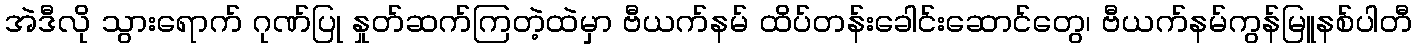
အဲဒီလို သွားရောက် ဂုဏ်ပြု နှုတ်ဆက်ကြတဲ့ထဲမှာ ဗီယက်နမ် ထိပ်တန်းခေါင်းဆောင်တွေ၊ ဗီယက်နမ်ကွန်မြူနစ်ပါတီ